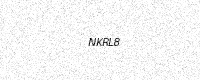
Text: NKRL8